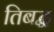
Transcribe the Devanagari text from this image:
तिबद्ध